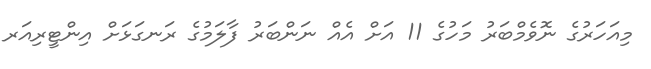
މިއަހަރުގެ ނޮވެމްބަރު މަހުގެ 11 އަށް އެއް ނަންބަރު ފާލަމުގެ ރަނގަޅަށް އިންޓީރިއަރ